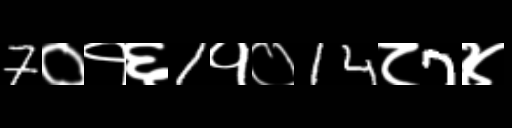
Text: 7०१६1१०14८7४